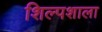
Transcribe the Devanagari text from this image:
शिल्पशाला